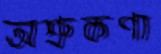
অশ্রুকণা